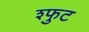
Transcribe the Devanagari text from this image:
श्फुट